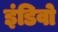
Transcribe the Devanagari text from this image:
इंडिवो